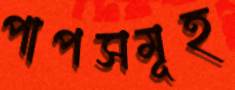
পাপসমূহ